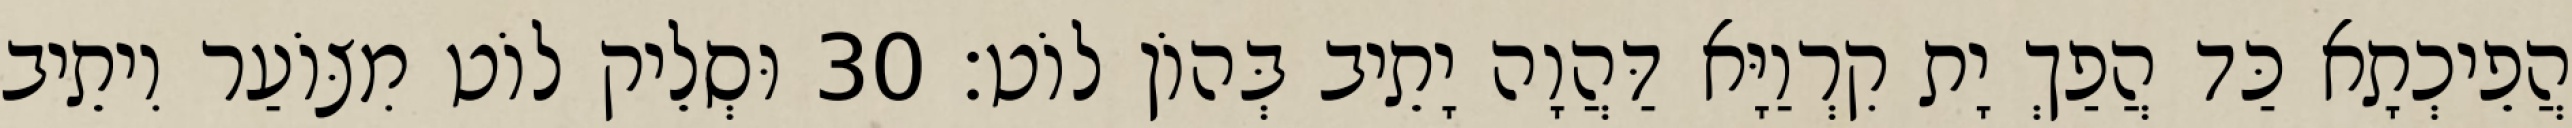
הֲפֵיכְתָא כַּד הֲפַךְ יָת קִרְוַיָּא דַּהֲוָה יָתֵיב בְּהוֹן לוֹט׃ 30 וּסְלֵיק לוֹט מִצּוֹעַר וִיתֵיב